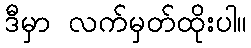
ဒီမှာ လက်မှတ်ထိုးပါ။